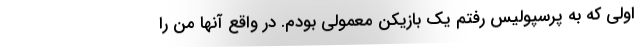
اولى که به پرسپولیس رفتم یک بازیکن معمولى بودم. در واقع آنها من را